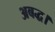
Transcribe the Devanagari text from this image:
अबद्ध।